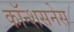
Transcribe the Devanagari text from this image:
कॉन्शसनेस